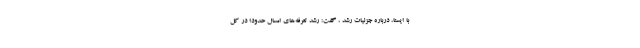
با ایسنا، درباره جزئیات رشد ، گفت: رشد تعرفه‌های امسال حدودا در کل